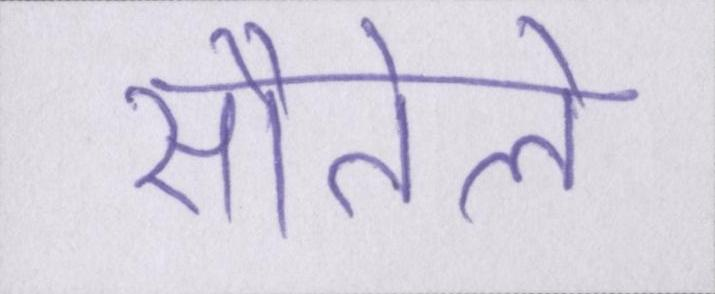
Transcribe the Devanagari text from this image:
सौतेले